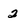
Character: 2